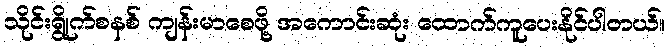
သိုင်းရွိုက်စနစ် ကျန်းမာစေဖို့ အကောင်းဆုံး ထောက်ကူပေးနိုင်ပါတယ်။